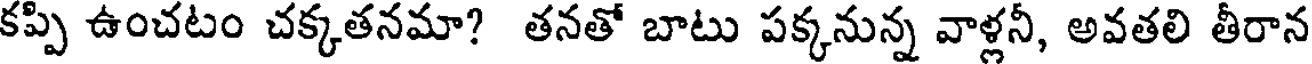
కప్పి ఉంచటం చక్కతనమా? తనతో బాటు పక్కనున్న వాళ్లనీ, అవతలి తీరాన